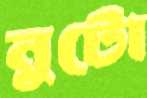
নুটো